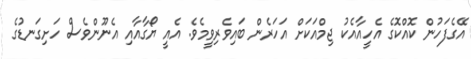
އޭގެފަހުން ކޮއްކޮގެ އެހީއާއެކު ޖިމްއަކަށް އަހަރެން ބައިވެރިވީމެވެ. އެއީ ޔޯގާއާއި އެނޫންވެސް ހަށިގަނޑުގެ